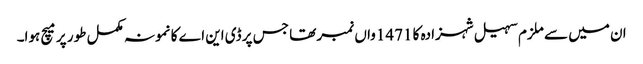
ان میں سے ملزم سہیل شہزادہ کا 1471واں نمبر تھا جس پر ڈی این اے کا نمونہ مکمل طور پر میچ ہوا۔